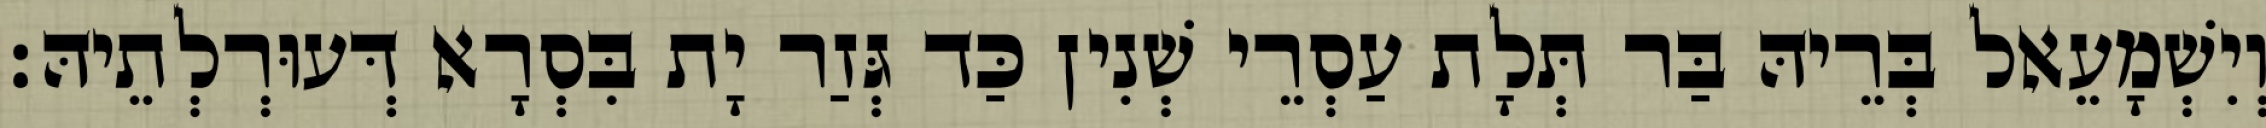
וְיִשְׁמָעֵאל בְּרֵיהּ בַּר תְּלָת עַסְרֵי שְׁנִין כַּד גְּזַר יָת בִּסְרָא דְּעוּרְלְתֵיהּ׃